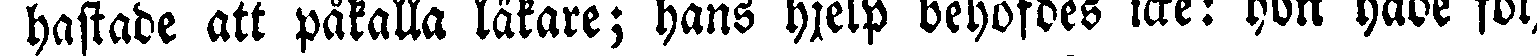
hastade att påkalla läkare; hans hjelp behöfdes icke: hon hade följt